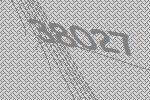
38027